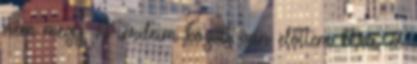
nem megy. A térdeim között van előttem Mia, és